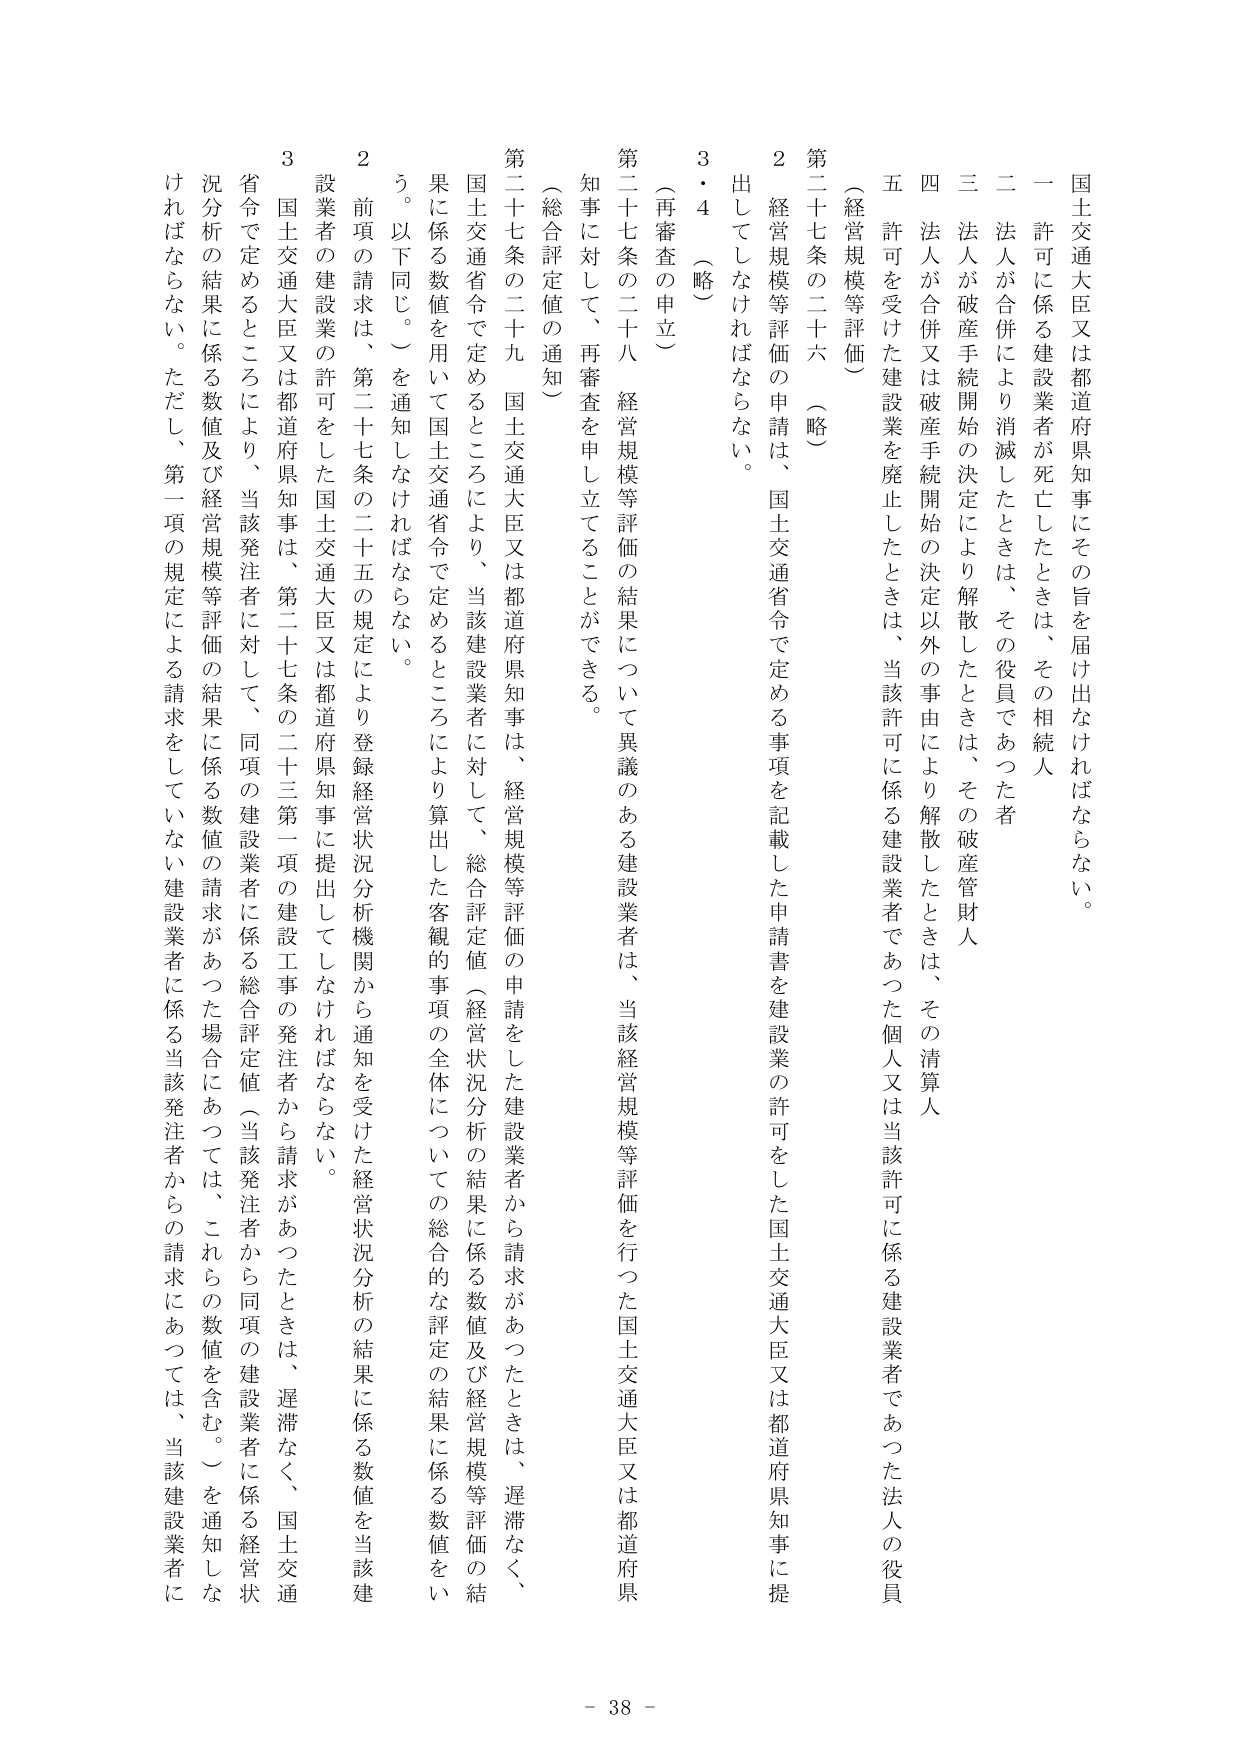
国土交通大臣又は都道府県知事にその旨を届け出なければならない。

一 許可に係る建設業者が死亡したときは、その相続人

二 法人が合併により消滅したときは、その役員であった者

三 法人が破産手続開始の決定により解散したときは、その破産管財人

四 法人が合併又は破産手続開始の決定以外の事由により解散したときは、その清算人

五 許可を受けた建設業を廃止したときは、当該許可に係る建設業者であった個人又は当該許可に係る建設業者であった法人の役員

（経営規模等評価）

第二十七条の二十六 （略）

２ 経営規模等評価の申請は、国土交通省令で定める事項を記載した申請書を建設業の許可をした国土交通大臣又は都道府県知事に提出してしなければならない。

３・４ （略）

（再審査の申立）

第二十七条の二十八 経営規模等評価の結果について異議のある建設業者は、当該経営規模等評価を行った国土交通大臣又は都道府県知事に対して、再審査を申し立てることができる。

（総合評定値の通知）

第二十七条の二十九 国土交通大臣又は都道府県知事は、経営規模等評価の申請をした建設業者から請求があったときは、遅滞なく、国土交通省令で定めるところにより、当該建設業者に対して、総合評定値（経営状況分析の結果に係る数値及び経営規模等評価の結果に係る数値を用いて国土交通省令で定めるところにより算出した客観的事項の全体についての総合的な評定の結果に係る数値をいう。以下同じ。）を通知しなければならない。

２ 前項の請求は、第二十七条の二十五の規定により登録経営状況分析機関から通知を受けた経営状況分析の結果に係る数値を当該建設業者の建設業の許可をした国土交通大臣又は都道府県知事に提出してしなければならない。

３ 国土交通大臣又は都道府県知事は、第二十七条の二十三第一項の建設工事の発注者から請求があったときは、遅滞なく、国土交通省令で定めるところにより、当該発注者に対して、同項の建設業者に係る総合評定値（当該発注者から同項の建設業者に係る経営状況分析の結果に係る数値及び経営規模等評価の結果に係る数値の請求があった場合にあっては、これらの数値を含む。）を通知しなければならない。ただし、第一項の規定による請求をしていない建設業者に係る当該発注者からの請求にあっては、当該建設業者に

- 38 -